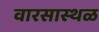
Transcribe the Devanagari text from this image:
वारसास्थळ